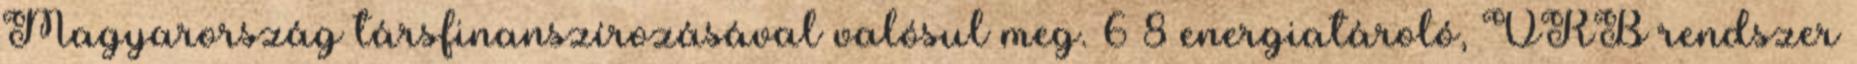
Magyarország társfinanszírozásával valósul meg. 6 8 energiatároló, VRB rendszer